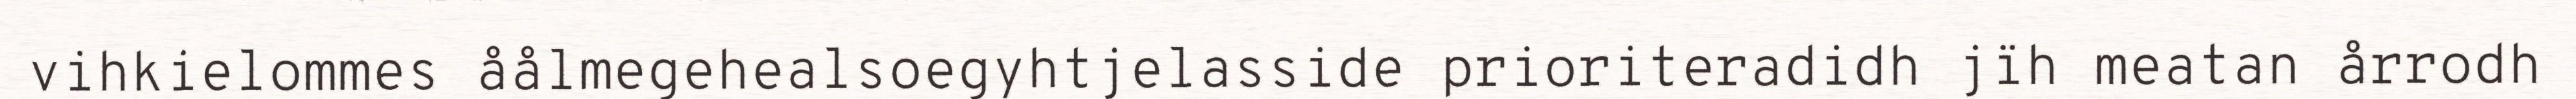
vihkielommes åålmegehealsoegyhtjelasside prioriteradidh jïh meatan årrodh